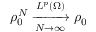
\rho _ { 0 } ^ { N } \xrightarrow [ N \rightarrow \infty ] { L ^ { p } ( \Omega ) } \rho _ { 0 }